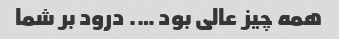
همه چیز عالی بود …. درود بر شما